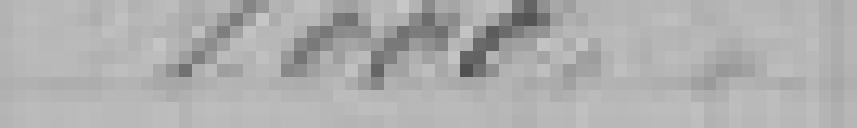
1.000